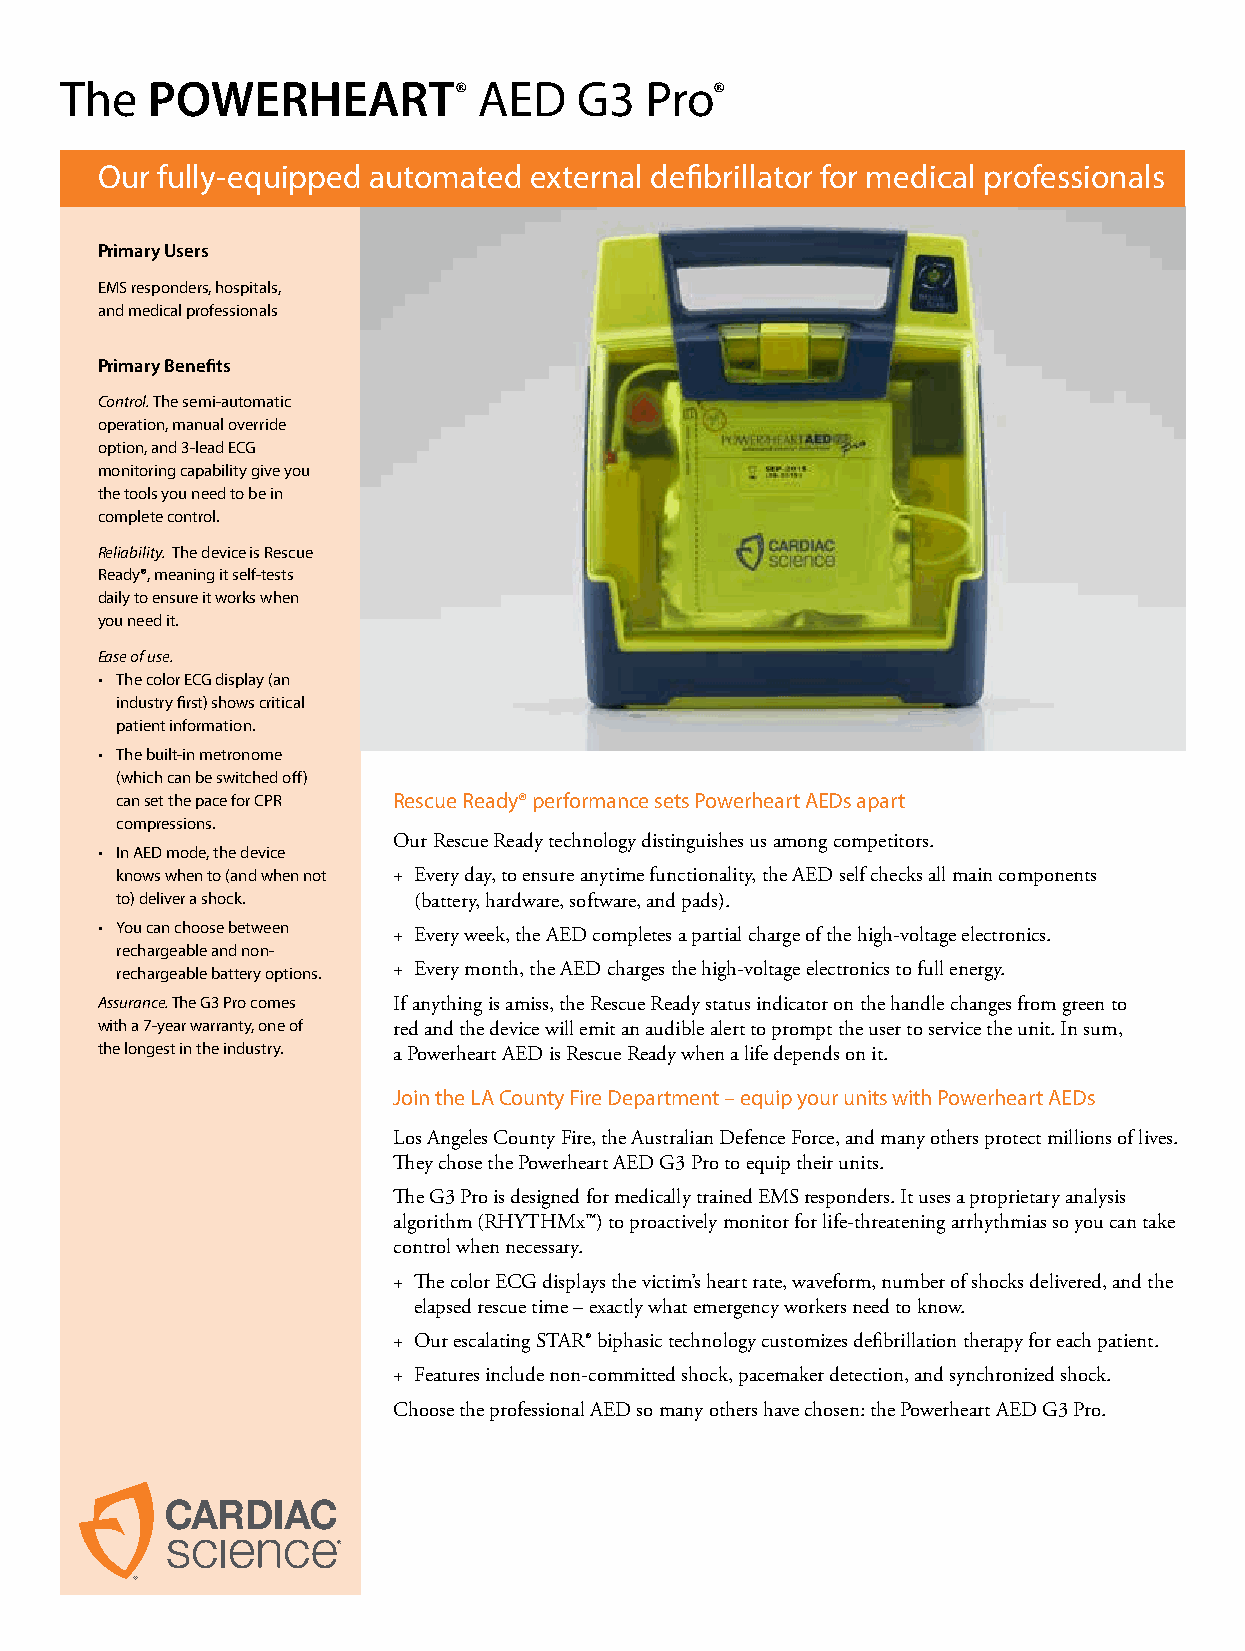
The   POWERHEART®           AED   G3   Pro®
 Our fully-equipped automated external defibrillator for medical professionals
 Primary Users
 EMS responders, hospitals,
 and medical professionals
 Primary Benefits
 Control. The semi-automatic
 operation, manual override
 option, and 3-lead ECG
 monitoring capability give you
 the tools you need to be in
 complete control.
 Reliability. The device is Rescue
 Ready®, meaning it self-tests
 daily to ensure it works when
 you need it.
 Ease of use.
 • The color ECG display (an
 industry first) shows critical
 patient information.
 • The built-in metronome
 (which can be switched off)
 can set the pace for CPR Rescue Ready® performance sets Powerheart AEDs apart
 compressions.
 Our Rescue Ready technology distinguishes us among competitors.
 • In AED mode, the device
 knows when to (and when not + Every day, to ensure anytime functionality, the AED self checks all main components
 to) deliver a shock. (battery, hardware, software, and pads).
 • You can choose between
 + Every week, the AED completes a partial charge of the high-voltage electronics.
 rechargeable and non-
 rechargeable battery options. + Every month, the AED charges the high-voltage electronics to full energy.
 Assurance. The G3 Pro comes If anything is amiss, the Rescue Ready status indicator on the handle changes from green to
 with a 7-year warranty, one of red and the device will emit an audible alert to prompt the user to service the unit. In sum,
 the longest in the industry. a Powerheart AED is Rescue Ready when a life depends on it.
 Join the LA County Fire Department – equip your units with Powerheart AEDs
 Los Angeles County Fire, the Australian Defence Force, and many others protect millions of lives.
 They chose the Powerheart AED G3 Pro to equip their units.
 The G3 Pro is designed for medically trained EMS responders. It uses a proprietary analysis
 algorithm (RHYTHMx™) to proactively monitor for life-threatening arrhythmias so you can take
 control when necessary.
 + The color ECG displays the victim’s heart rate, waveform, number of shocks delivered, and the
 elapsed rescue time – exactly what emergency workers need to know.
 + Our escalating STAR® biphasic technology customizes defibrillation therapy for each patient.
 + Features include non-committed shock, pacemaker detection, and synchronized shock.
 Choose the professional AED so many others have chosen: the Powerheart AED G3 Pro.